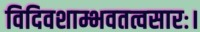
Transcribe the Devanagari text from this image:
विदिवशाम्भवतत्वसारः।